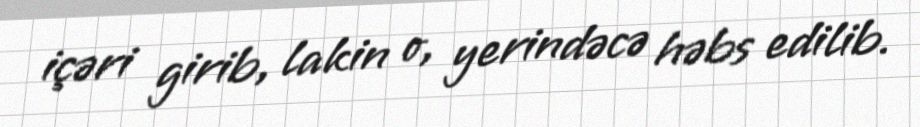
içəri girib, lakin o, yerindəcə həbs edilib.